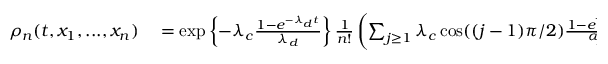
\begin{array} { r l } { \rho _ { n } ( t , x _ { 1 } , . . . , x _ { n } ) } & { { } = \exp \left\{ - \lambda _ { c } \frac { 1 - e ^ { - \lambda _ { d } t } } { \lambda _ { d } } \right\} \frac { 1 } { n ! } \left( \sum _ { j \geq 1 } \lambda _ { c } \cos ( ( j - 1 ) \pi / 2 ) \frac { 1 - e ^ { - \alpha _ { j } t } } { \alpha _ { j } } \xi _ { j } \right) ^ { \otimes n } ( x _ { 1 } , . . . , x _ { n } ) } \end{array}